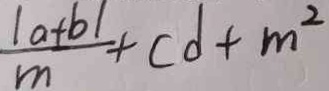
\frac { \vert a + b \vert } { m } + c d + m ^ { 2 }